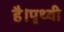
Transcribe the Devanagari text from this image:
है।पृथ्वी